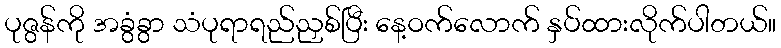
ပုဇွန်ကို အခွံခွာ သံပုရာရည်ညှစ်ပြီး နေ့ဝက်လောက် နှပ်ထားလိုက်ပါတယ်။